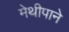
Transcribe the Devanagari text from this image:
मेथीपाने